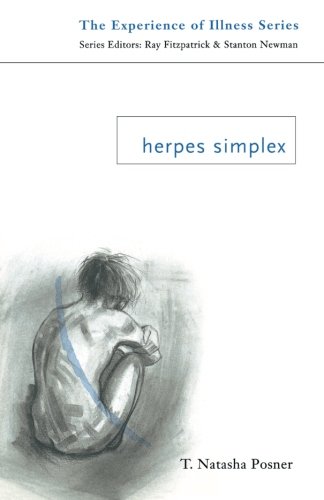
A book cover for Herpes Simplex (Experience of Illness); T. Natasha Posner; Health, Fitness & Dieting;